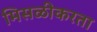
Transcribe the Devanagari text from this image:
मिसळीकरता